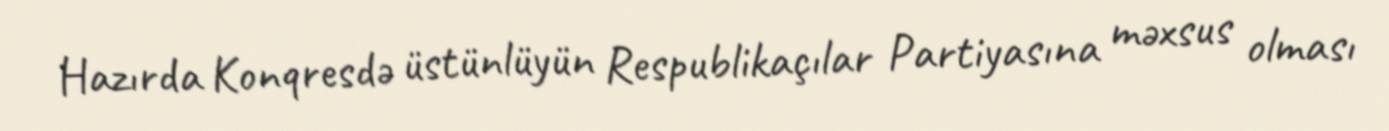
Hazırda Konqresdə üstünlüyün Respublikaçılar Partiyasına məxsus olması